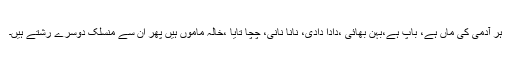
ہر آدمی کی ماں ہے، باپ ہے،بہن بھائی ،دادا دادی، نانا نانی، چچا تایا ،خالہ ماموں ہیں پھر ان سے منسلک دوسرے رشتے ہیں۔